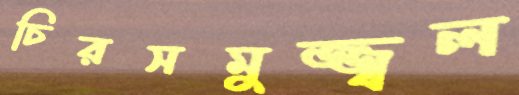
চিরসমুজ্জ্বল